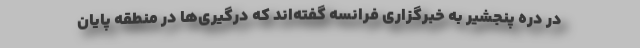
در دره پنجشیر به خبرگزاری فرانسه گفته‌اند که درگیری‌ها در منطقه پایان